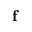
\mathbf { f }